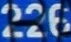
226